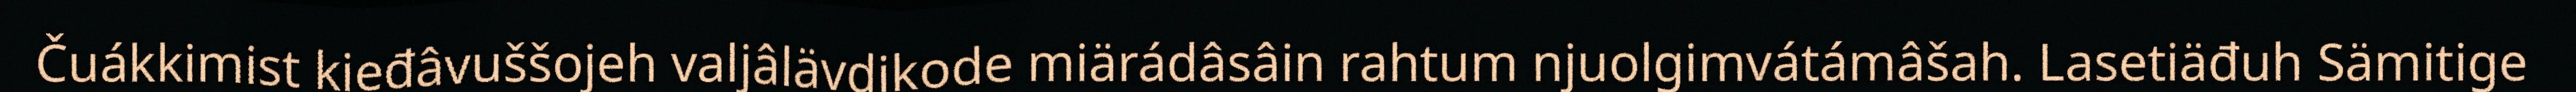
Čuákkimist kieđâvuššojeh valjâlävdikode miärádâsâin rahtum njuolgimvátámâšah. Lasetiäđuh Sämitige